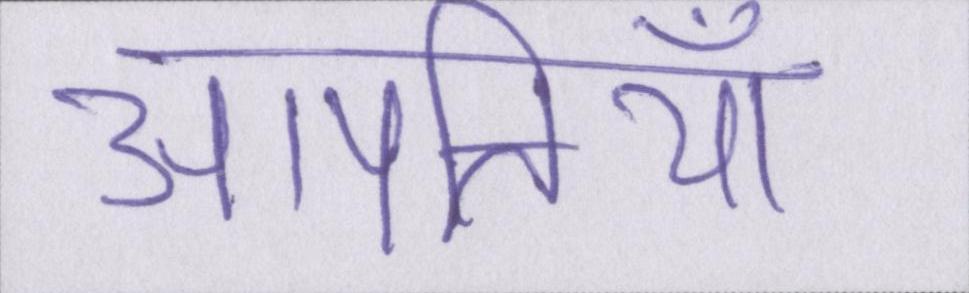
आपत्तियाँ